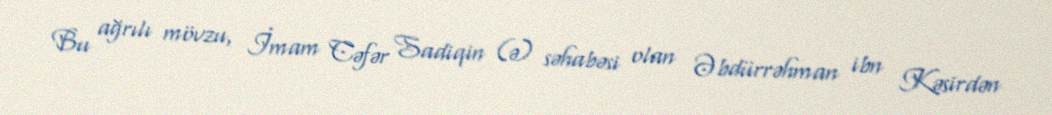
Bu ağrılı mövzu, İmam Cəfər Sadiqin (ə) səhabəsi olan Əbdürrəhman ibn Kəsirdən